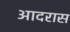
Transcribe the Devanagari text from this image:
आदरास